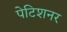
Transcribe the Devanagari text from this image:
पेटिशनर